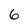
Character: 6